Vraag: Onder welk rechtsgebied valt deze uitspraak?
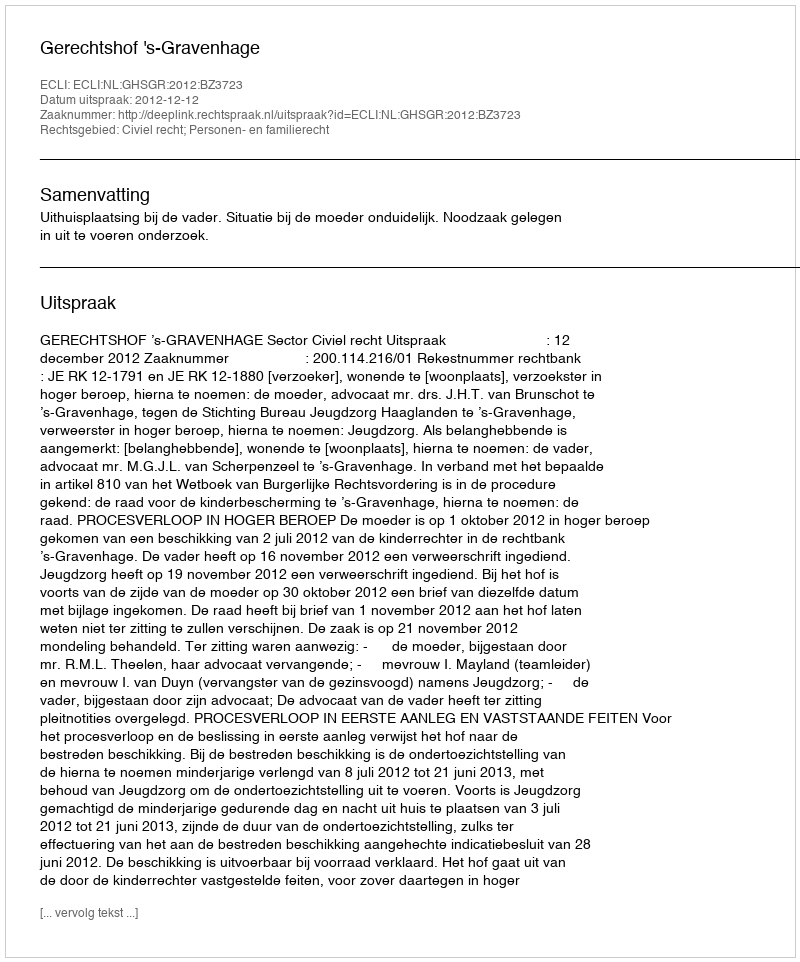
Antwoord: Civiel recht; Personen- en familierecht